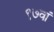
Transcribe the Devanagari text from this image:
९७वां